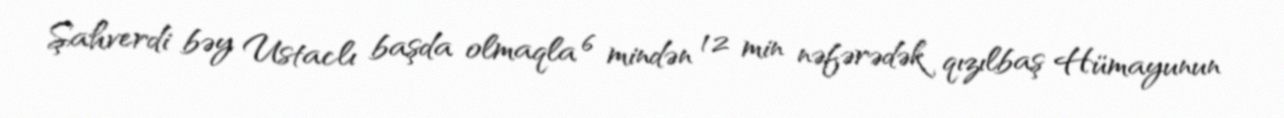
Şahverdi bəy Ustaclı başda olmaqla 6 mindən 12 min nəfərədək qızılbaş Hümayunun